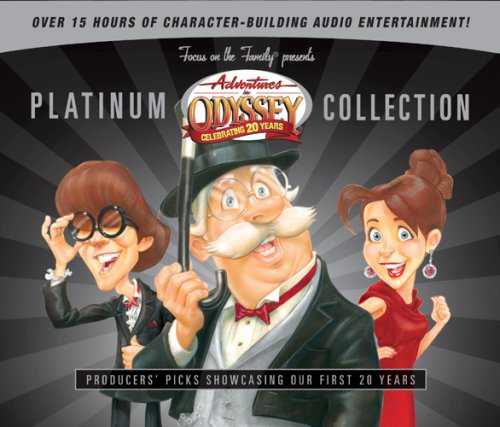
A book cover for Platinum Collection: Producers' Picks Showcasing Our First 20 Years (Adventures in Odyssey); AIO Team; Children's Books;